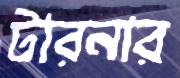
টারনার